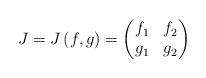
LaTeX: \begin{align*}J=J\left( f,g\right) =\begin{pmatrix}f_{1} & f_{2} \\g_{1} & g_{2}\end{pmatrix}\end{align*}